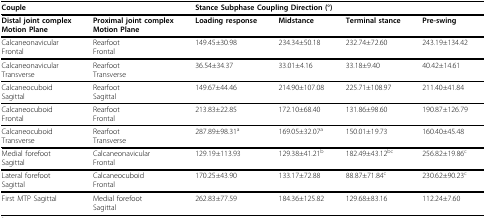
<table><thead><tr><td colspan="2"><b>Couple</b></td><td colspan="4"><b>Stance Subphase Coupling Direction (°)</b></td></tr></thead><tbody><tr><td><b>Distal joint complex</b><b>Motion Plane</b></td><td><b>Proximal joint complex</b><b>Motion Plane</b></td><td><b>Loading response</b></td><td><b>Midstance</b></td><td><b>Terminal stance</b></td><td><b>Pre-swing</b></td></tr><tr><td>CalcaneonavicularFrontal</td><td>RearfootFrontal</td><td>149.45±30.98</td><td>234.34±50.18</td><td>232.74±72.60</td><td>243.19±134.42</td></tr><tr><td>CalcaneonavicularTransverse</td><td>RearfootTransverse</td><td>36.54±34.37</td><td>33.01±4.16</td><td>33.18±9.40</td><td>40.42±14.61</td></tr><tr><td>CalcaneocuboidSagittal</td><td>RearfootSagittal</td><td>149.67±44.46</td><td>214.90±107.08</td><td>225.71±108.97</td><td>211.40±41.84</td></tr><tr><td>CalcaneocuboidFrontal</td><td>RearfootFrontal</td><td>213.83±22.85</td><td>172.10±68.40</td><td>131.86±98.60</td><td>190.87±126.79</td></tr><tr><td>CalcaneocuboidTransverse</td><td>RearfootTransverse</td><td>287.89±98.31<sup>a</sup></td><td>169.05±32.07<sup>a</sup></td><td>150.01±19.73</td><td>160.40±45.48</td></tr><tr><td>Medial forefootSagittal</td><td>CalcaneonavicularFrontal</td><td>129.19±113.93</td><td>129.38±41.21<sup>b</sup></td><td>182.49±43.12<sup>bc</sup></td><td>256.82±19.86<sup>c</sup></td></tr><tr><td>Lateral forefootSagittal</td><td>CalcaneocuboidFrontal</td><td>170.25±43.90</td><td>133.17±72.88</td><td>88.87±71.84<sup>c</sup></td><td>230.62±90.23<sup>c</sup></td></tr><tr><td>First MTP Sagittal</td><td>Medial forefootSagittal</td><td>262.83±77.59</td><td>184.36±125.82</td><td>129.68±83.16</td><td>112.24±7.60</td></tr></tbody></table>